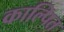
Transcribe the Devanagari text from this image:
काल्पित